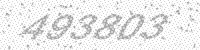
Solution: 493803